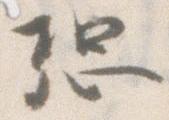
恐